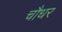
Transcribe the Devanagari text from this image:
चौधर